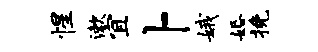
惺漱宜卜娥婚挽